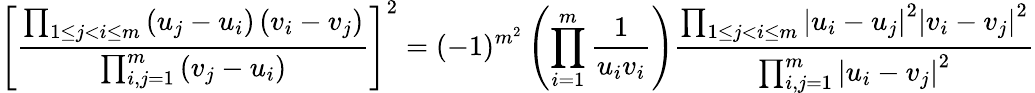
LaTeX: \left[\frac{\prod_{1\leq j<i\leq m}\left(u_{j}-u_{i}\right)\left(v_{i}-v_{j}\right)}{\prod_{i,j=1}^{m}\left(v_{j}-u_{i}\right)}\right]^{2}=(-1)^{m^{2}}\left(\prod_{i=1}^{m}\frac{1}{u_{i}v_{i}}\right)\frac{\prod_{1\leq j<i\leq m}\left|u_{i}-u_{j}\right|^{2}\left|v_{i}-v_{j}\right|^{2}}{\prod_{i,j=1}^{m}\left|u_{i}-v_{j}\right|^{2}}